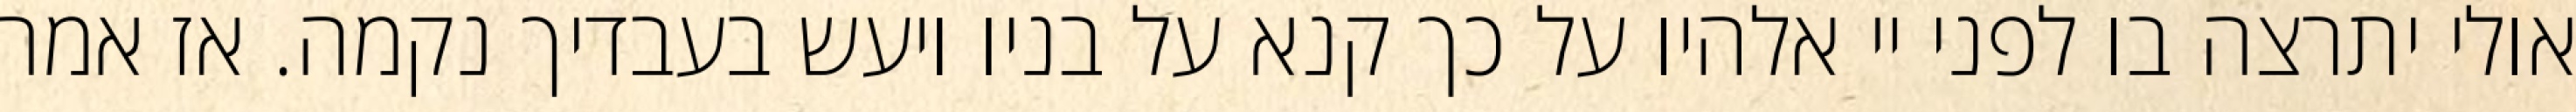
אולי יתרצה בו לפני יי אלהיו על כך קנא על בניו ויעש בעבדיך נקמה. אז אמר